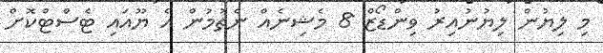
މި ލިޔުން ލިޔުނުއިރު ވިންޑޯޒް 8 މެޝިނެއް ނެތުމުން އެ ޔޫއައި ޓެސްޓްކޮށް